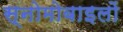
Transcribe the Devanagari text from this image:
स्नोमोबाइलों